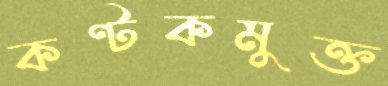
কণ্টকমুক্ত